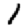
Digit: 1